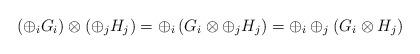
LaTeX: \begin{align*}\left(\oplus_i G_i\right)\otimes \left(\oplus_j H_j\right)=\oplus_i\left(G_i\otimes \oplus_j H_j\right)=\oplus_i\oplus_j\left( G_i\otimes H_j\right)\end{align*}